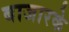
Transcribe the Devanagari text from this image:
बाजारके